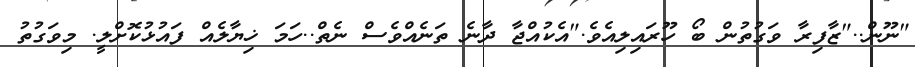
"ނޫން.."ޒާފިރާ ވަގުތުން ބޯ ހޫރައިލިއެވެ."އެކުއްޖާ ދާނެ ތަނެއްވެސް ނެތް..ހަމަ ޚިޔާލެއް ފައުޅުކޮށްލީ. މިވަގުތު